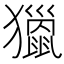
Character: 𤢪